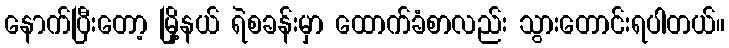
နောက်ပြီးတော့ မြို့နယ် ရဲစခန်းမှာ ထောက်ခံစာလည်း သွားတောင်းရပါတယ်။